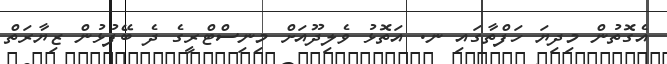
އެގޮތުން މިދިޔަ ހަފްތާގައި ނ. އަތޮޅު ވެލިދޫއަށް މިނިސްޓްރީގެ ދެ ބޭފުޅުން ޒިޔާރަތް